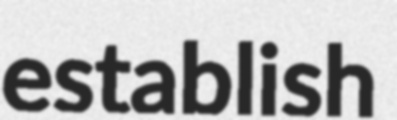
establish